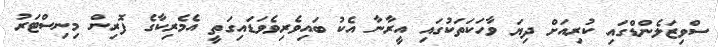
ސްވިޒަލެންޑްގައި ކުރިއަށް ދިޔަ ވާހަކަތަކުގައި އީރާނާ އެކު ބައިވެރިވެވަޑައިގަތީ އެމެރިކާގެ ފޮރިން މިނިސްޓަރު